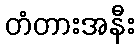
တံတားအနီး